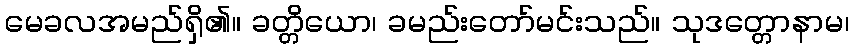
မေခလအမည်ရှိ၏။ ခတ္တိယော၊ ခမည်းတော်မင်းသည်။ သုဒတ္တောနာမ၊